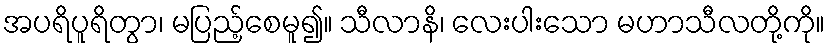
အပရိပူရိတွာ၊ မပြည့်စေမူ၍။ သီလာနိ၊ လေးပါးသော မဟာသီလတို့ကို။